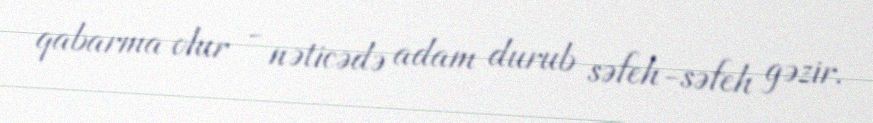
qabarma olur - nəticədə adam durub səfeh-səfeh gəzir.